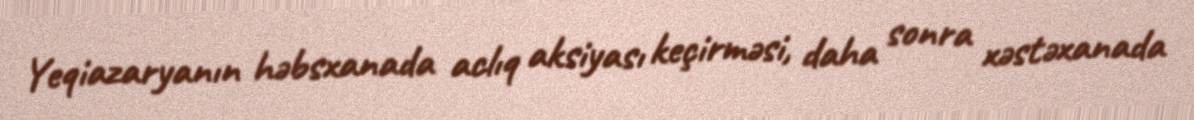
Yeqiazaryanın həbsxanada aclıq aksiyası keçirməsi, daha sonra xəstəxanada